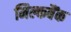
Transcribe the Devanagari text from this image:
मिल्कबैंक